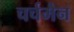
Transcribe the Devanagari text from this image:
चर्चमैन